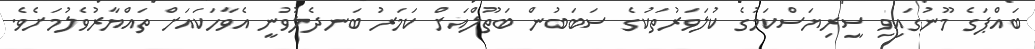
ބައްޕަގެ މޫނުގައިވި ސީރިޔަސްކަމުގެ ކުލަވަރުތަކުގެ ސަބަބުން ބަތޫލްއަށް ކަމަރު ބަނދެލުވުނީ އެވާހަކައަށް ތައްޔާރުވެލުމަށެވެ.